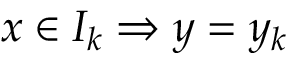
x \in I _ { k } \Rightarrow y = y _ { k }